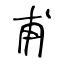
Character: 甫